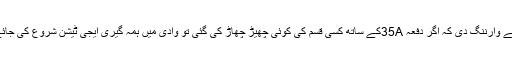
انہوں نے وارننگ دی کہ اگر دفعہ 35Aکے ساتھ کسی قسم کی کوئی چھیڑ چھاڑ کی گئی تو وادی میں ہمہ گیری ایجی ٹیشن شروع کی جائے گی ۔